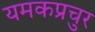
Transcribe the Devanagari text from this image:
यमकप्रचुर